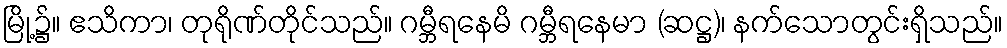
မြို့၌။ ဧသိကာ၊ တုရိုဏ်တိုင်သည်။ ဂမ္ဘီရနေမိ ဂမ္ဘီရနေမာ (ဆဋ္ဌ)၊ နက်သောတွင်းရှိသည်။